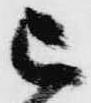
被